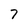
Character: 7